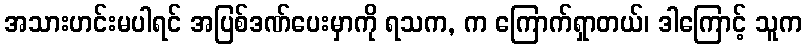
အသားဟင်းမပါရင် အပြစ်ဒဏ်ပေးမှာကို ရသက, က ကြောက်ရှာတယ်၊ ဒါကြောင့် သူက